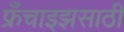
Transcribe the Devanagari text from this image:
फ्रँचाइझसाठी